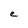
Character: e